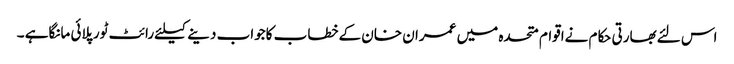
اس لئےبھارتی حکام نےاقوام متحدہ میں عمران خان کےخطاب کاجواب دینےکیلئےرائٹ ٹورپلائی مانگاہے ۔